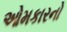
ઓમકારનો